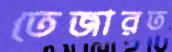
তেজারত